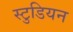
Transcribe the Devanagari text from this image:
स्टुडियन